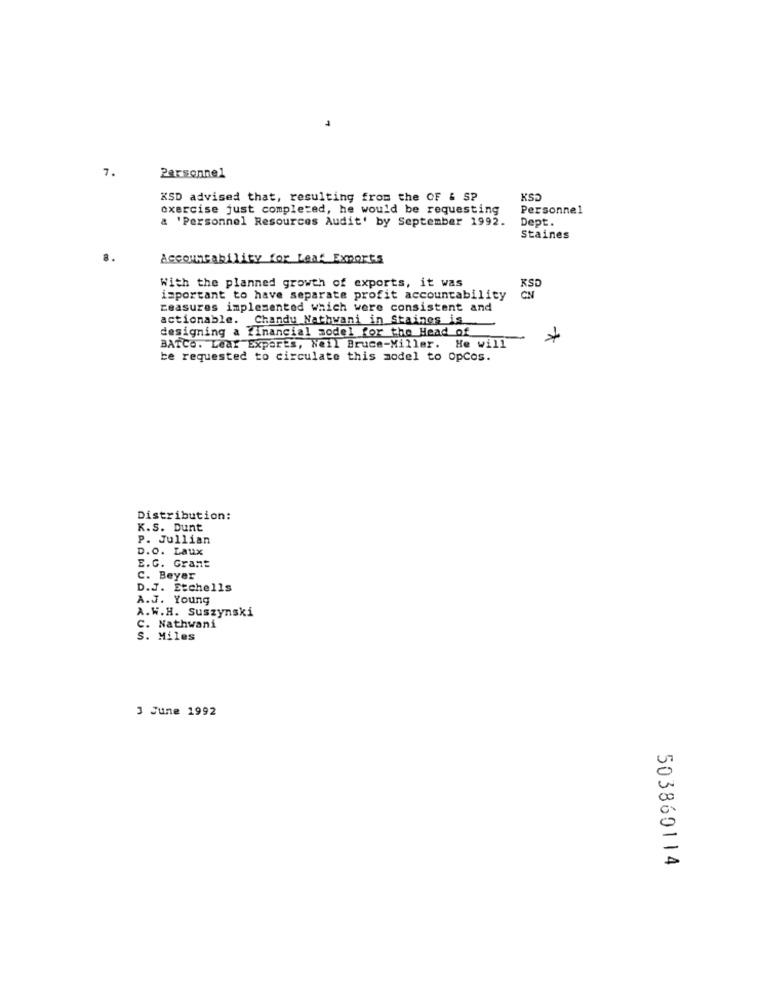
7.
Personnel
XSD advised that, resulting from the OF & SP
exercise just completed, he would be requesting
Personnel
& 'Personnel Resources Audit' by September 1992.
Dept.
Staines
Accountability for Leaf Exports
With the planned growth of exports, it was
KSD
important to have separate profit accountability
measures implemented which were consistent and
actionable. Chandu Nathwani in Staines is
designing a financial model for the Head of
BATCO. Lear Exports, Weil Bruce-Miller. He will
-
be requested to circulate this model to OpCos.
Distribution:
K.S. Dunt
P. Jullian
D.O. Laux
E.G. Grant
C. Beyer
D.J. Etchells
A.J. Young
A.W.H. Suszynski
C. Nathwani
S. Miles
3 June 1992
503860114